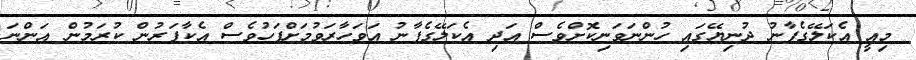
މިއީ އެކަލޭގެފާނު ދުނިޔޭގައި ހުންނަވަނިކޮށްވެސް އަދި އެކަލޭގެފާނު އަވަހާރަވުމަށްފަހުވެސް އެކާފަރުން ކުރަމުން އަންނަ